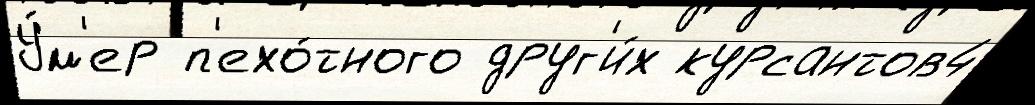
У́м'ер п'ехо́тного друг'и́х курсантов4